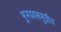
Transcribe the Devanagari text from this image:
भूमध्यसमुद्रीय